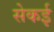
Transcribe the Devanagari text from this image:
सेकई